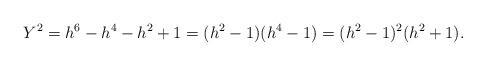
LaTeX: \begin{align*}Y^2=h^6-h^4-h^2+1=(h^2-1)(h^4-1)=(h^2-1)^2(h^2+1).\end{align*}